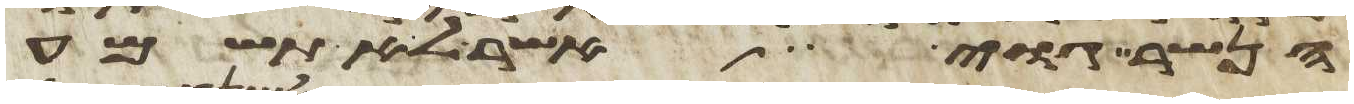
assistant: הנשר גוי אשר לא תשמע